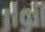
الوار